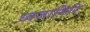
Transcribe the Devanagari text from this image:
ध्वजागिरि